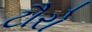
ટૌરો